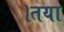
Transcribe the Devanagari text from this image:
।तया